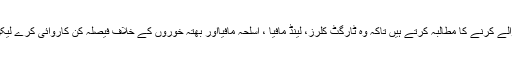
کراچی کی منتخب قیادت، کراچی کے تاجر اور عام شہری ، شہر کو فوج کے حوالے کرنے کا مطالبہ کرتے ہیں تاکہ وہ ٹارگٹ کلرز، لینڈ مافیا ، اسلحہ مافیااور بھتہ خوروں کے خلاف فیصلہ کن کاروائی کرے لیکن وفاقی و صوبائی حکومت اور پولیس حکام اس مطالبے سے پہلو تہی کرتے ہیں۔